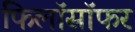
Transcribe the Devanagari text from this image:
फिलॉसॉफर